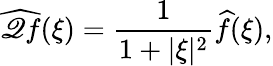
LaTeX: \widehat{\mathscr{Q}f}(\xi)=\frac{1}{1+|\xi|^{2}}\widehat{f}(\xi),